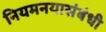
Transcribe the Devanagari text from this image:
नियमनयासंबंधी